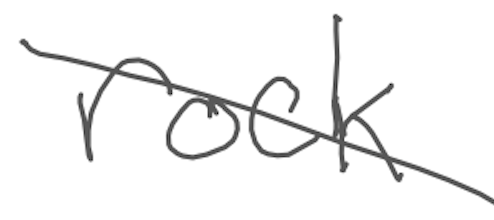
Text: rock
Cross-out: diagonal
Writing tool: digital_gray